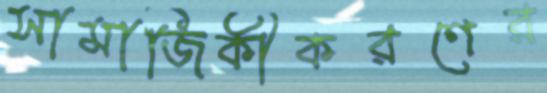
সামাজিকীকরণের